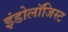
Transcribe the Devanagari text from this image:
इंडोलॉजिस्ट